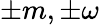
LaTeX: \pm m,\pm\omega